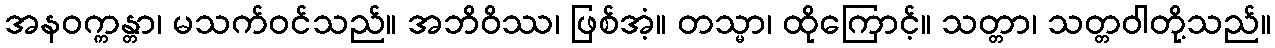
အနဝက္ကန္တာ၊ မသက်ဝင်သည်။ အဘိဝိဿ၊ ဖြစ်အံ့။ တသ္မာ၊ ထိုကြောင့်။ သတ္တာ၊ သတ္တဝါတို့သည်။